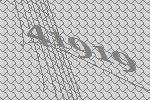
41919